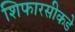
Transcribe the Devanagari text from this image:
शिफारसीकडे